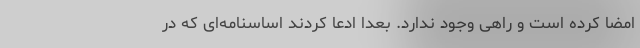
امضا کرده است و راهی وجود ندارد. بعداً ادعا کردند اساسنامه‌ای که در